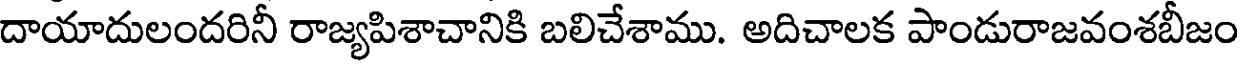
దాయాదులందరినీ రాజ్యపిశాచానికి బలిచేశాము. అదిచాలక పాండురాజవంశబీజం